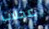
عجلات